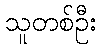
သူတစ်ဦး